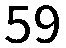
59